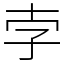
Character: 孛